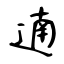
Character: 遖